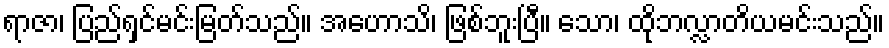
ရာဇာ၊ ပြည်ရှင်မင်းမြတ်သည်။ အဟောသိ၊ ဖြစ်ဘူးပြီ။ သော၊ ထိုဘလ္လာတိယမင်းသည်။